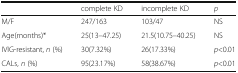
|  | complete KD | incomplete KD | p |
 | --- | --- | --- | --- |
 | M/F | 247/163 | 103/47 | NS |
 | Age(months)* | 25(13–47.25) | 21.5(10.75–40.25) | NS |
 | IVIG-resistant, n (%) | 30(7.32%) | 26(17.33%) | p<0.01 |
 | CALs, n (%) | 95(23.17%) | 58(38.67%) | p<0.01 |